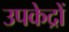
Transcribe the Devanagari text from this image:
उपकेद्रों